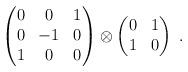
LaTeX: \begin{align*}\begin{pmatrix}0 & 0 & 1 \\0 &-1 & 0 \\1 & 0 & 0\end{pmatrix}\otimes\begin{pmatrix}0 & 1 \\1 & 0 \end{pmatrix}\ .\end{align*}